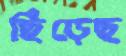
ছিঁড়েছ